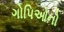
ગોપિઓનો